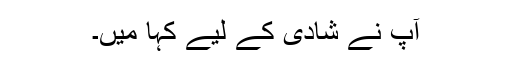
آپ نے شادی کے لیے کہا میں۔